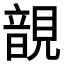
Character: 𧡱